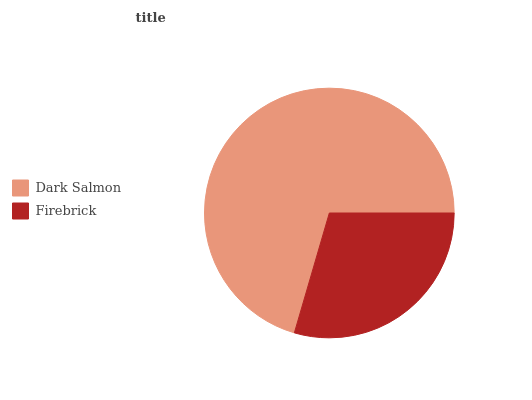
| Dark Salmon | Firebrick |
 | --- | --- |
 | 70.5% | 29.5% |